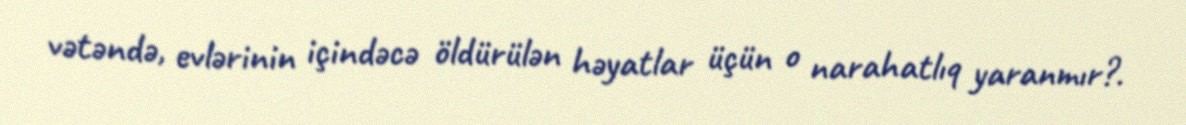
vətəndə, evlərinin içindəcə öldürülən həyatlar üçün o narahatlıq yaranmır?.